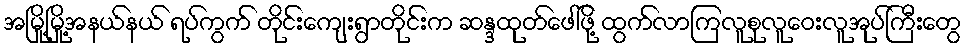
အမြို့မြို့အနယ်နယ် ရပ်ကွက် တိုင်းကျေးရွာတိုင်းက ဆန္ဒထုတ်ဖေါ်ဖို့ ထွက်လာကြလူစုလူဝေးလူအုပ်ကြီးတွေ